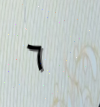
٦